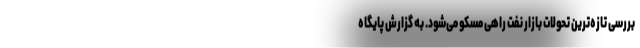
بررسی تازه‌ترین تحولات بازار نفت راهی مسکو می‌شود. به گزارش پایگاه